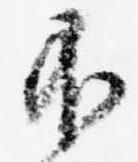
不